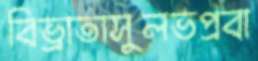
বিভ্রাতাসুলভপ্রবা